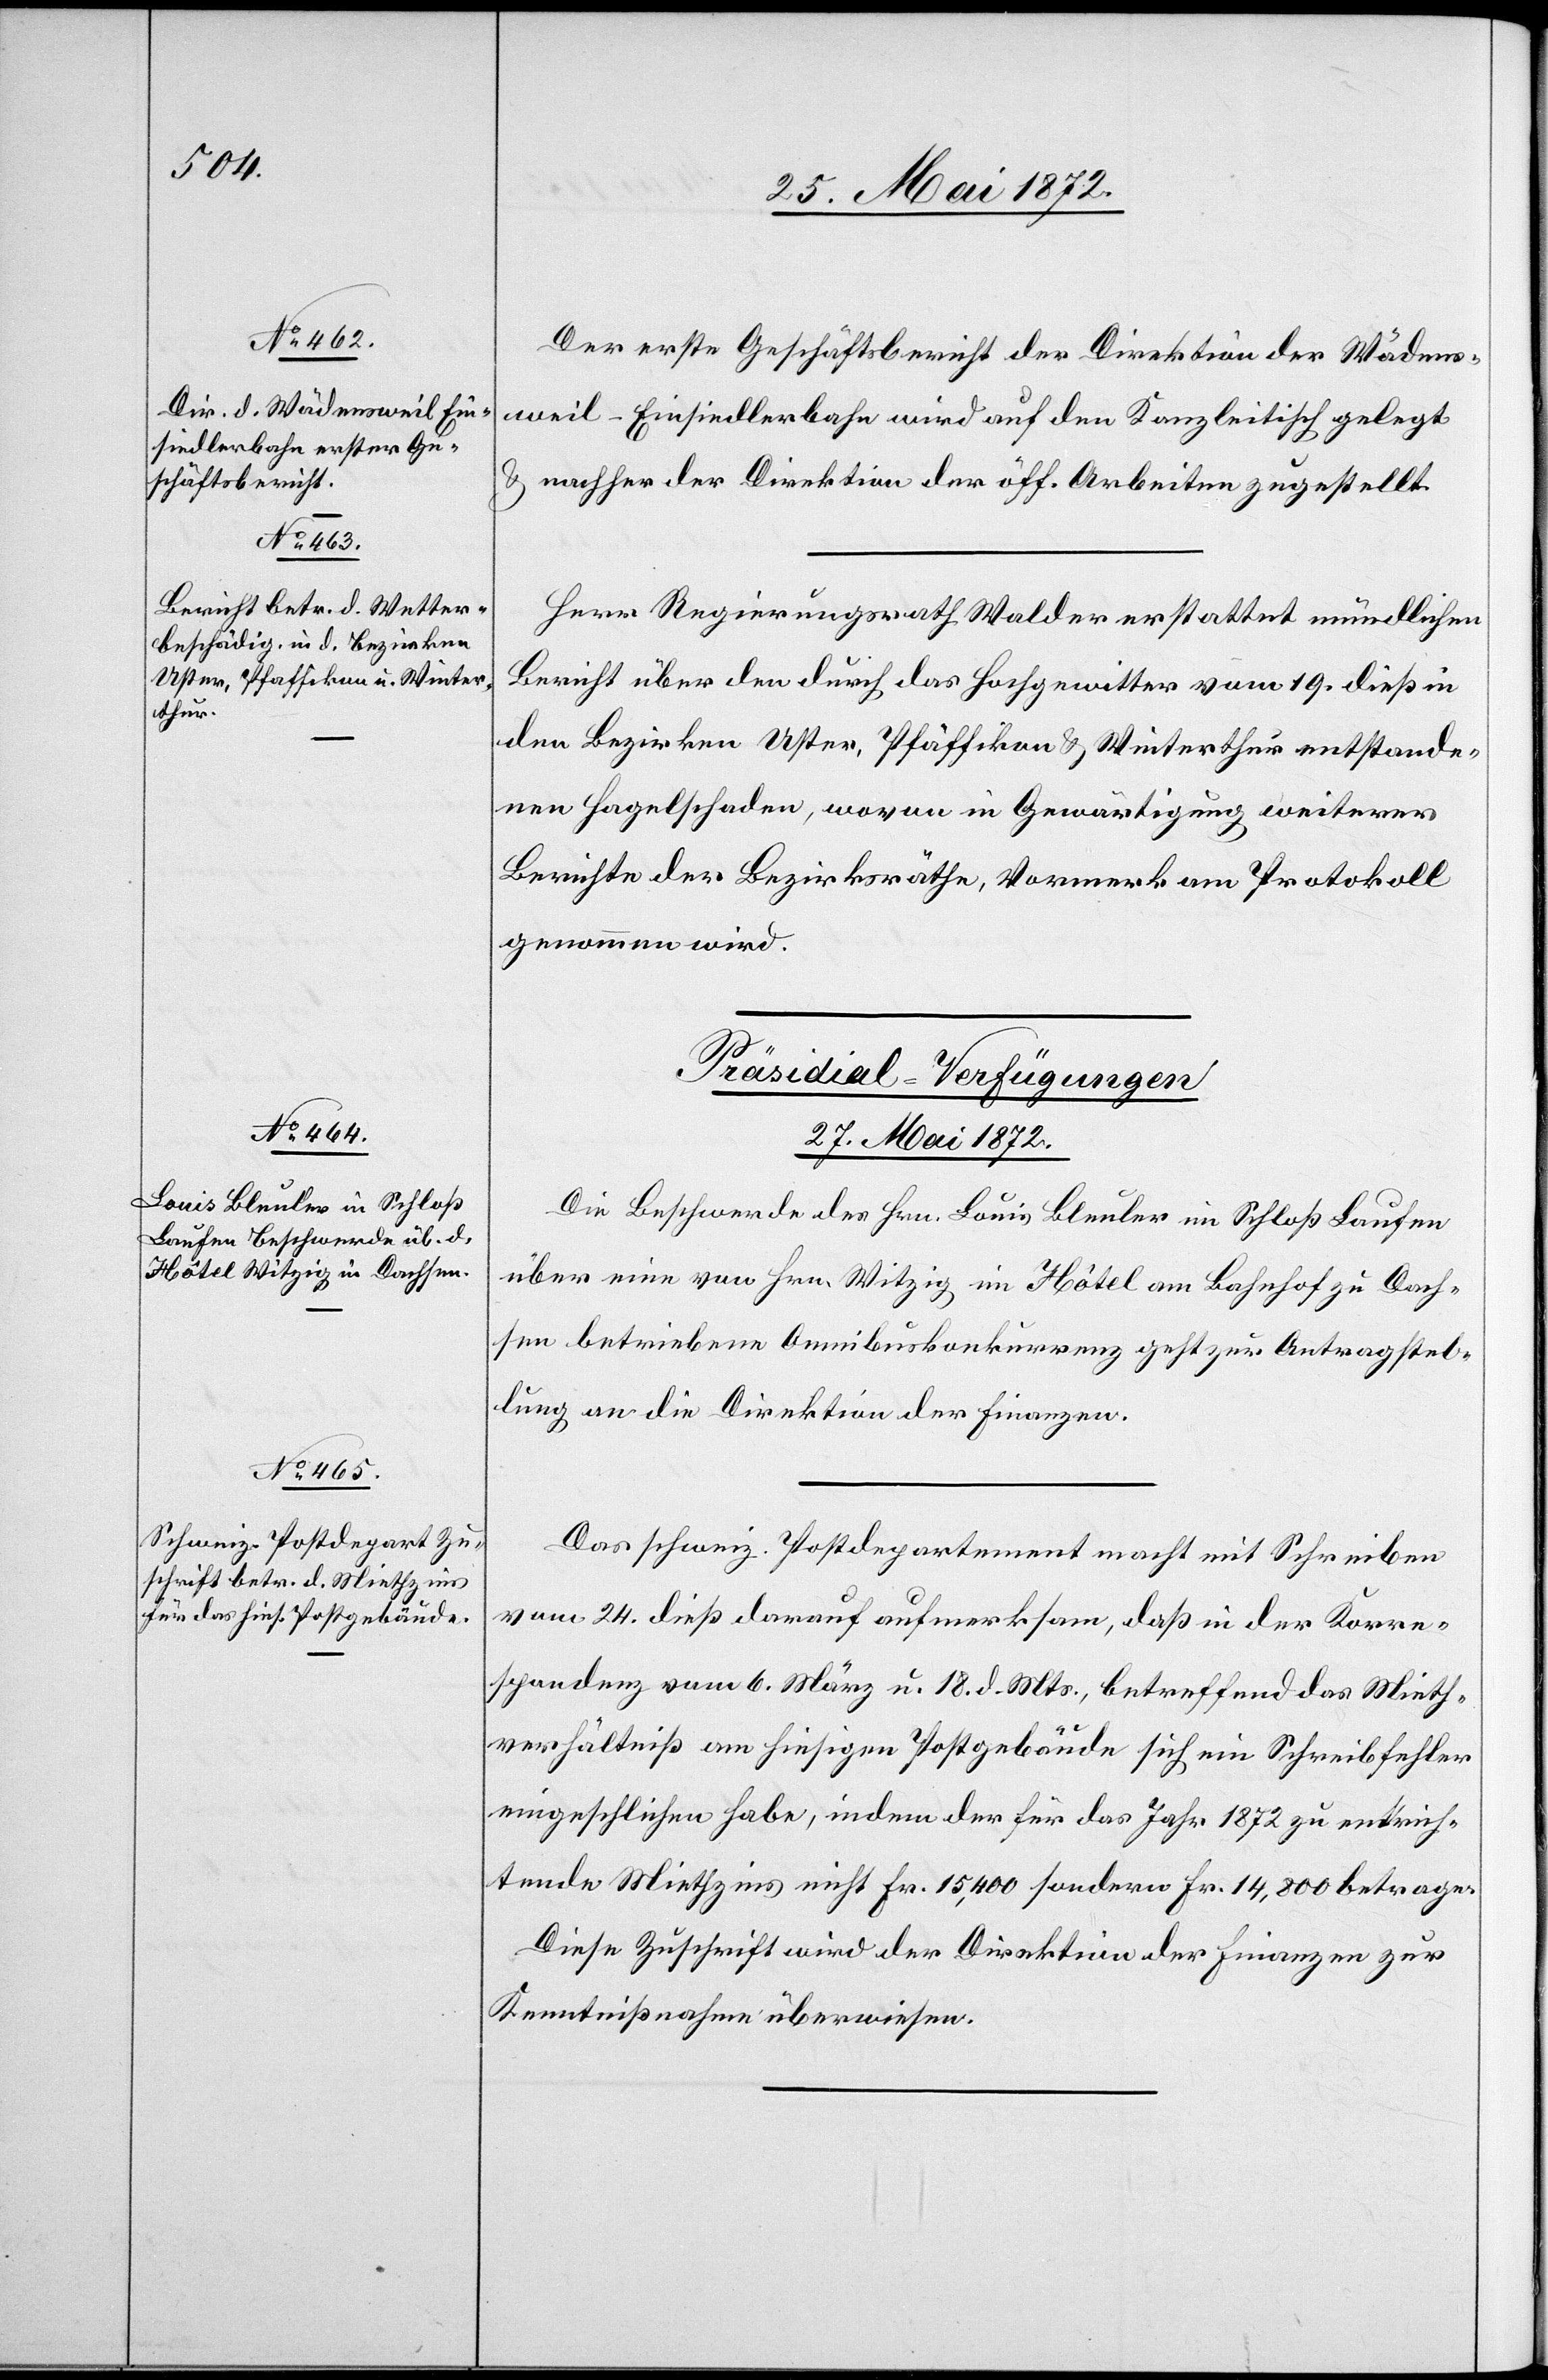
Der erste Geschäftsbericht der Direktion der Wädens¬
weil–Einsiedlerbahn wird auf den Kanzleitisch gelegt
u. nachher der Direktion der öff. Arbeiten zugestellt.
Herr Regierungsrath Walder erstattet mündlichen
Bericht über den durch das Hochgewitter vom 19. dieß in
den Bezirken Uster, Pfäffikon u. Winterthur entstande¬
nen Hagelschaden, wovon in Gewärtigung weiterer
Berichte der Bezirksräthe, Vormerk am Protokoll
genommen wird.
[Präsidial-Verfügungen
27. Mai 1872.]
Die Beschwerde des Hrn. Louis Bleuler in Schloß Laufen
über eine von Hrn. Witzig im Hôtel am Bahnhof zu Dach¬
sen betriebene Omnibuskonkurrenz geht zur Antragstel¬
lung an die Direktion der Finanzen.
Das schweiz. Postdepartement macht mit Schreiben
vom 24. dieß darauf aufmerksam, daß in der Korre¬
spondenz vom 6. März u. 18. d. Mts., betreffend das Mieth¬
verhältniß am hiesigen Postgebäude sich ein Schreibfehler
eingeschlichen habe, indem der für das Jahr 1872 zu entrich¬
tende Miethzins nicht Fr. 15,400 sondern Fr. 14,800 betrage.
Diese Zuschrift wird der Direktion der Finanzen zur
Kenntnißnahme überwiesen.